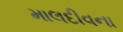
માલદીવના